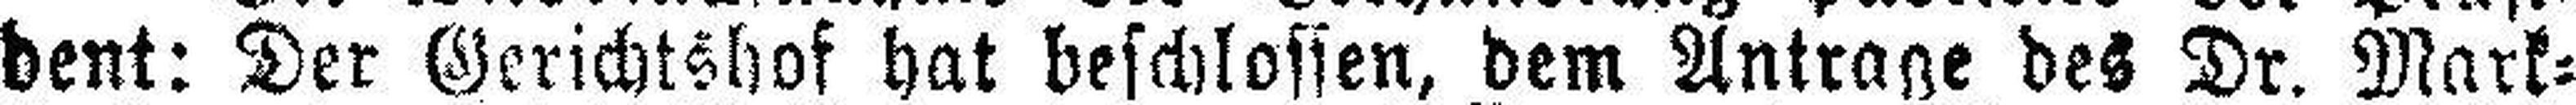
dent: Der Gerichtshof hat beschlossen, dem Antrage des Dr. Mark¬